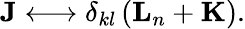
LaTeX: {\mathbf{J}}\longleftrightarrow\delta_{kl}\, ({\mathbf{L}}_{n}+{\mathbf{K}}).